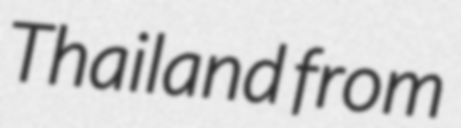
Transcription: Thailand from